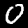
Digit: 0